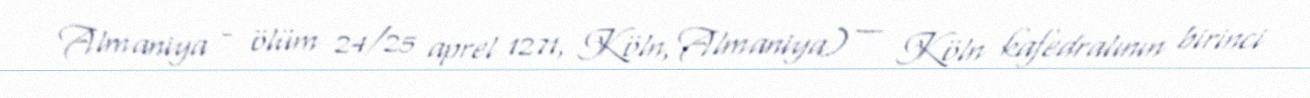
Almaniya - ölüm 24/25 aprel 1271, Köln, Almaniya) — Köln kafedralının birinci